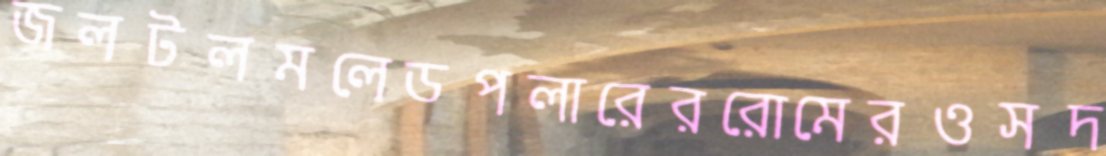
জলটলমলেডপলারেররোমেরওসদ